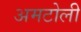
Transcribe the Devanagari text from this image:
अमटोली